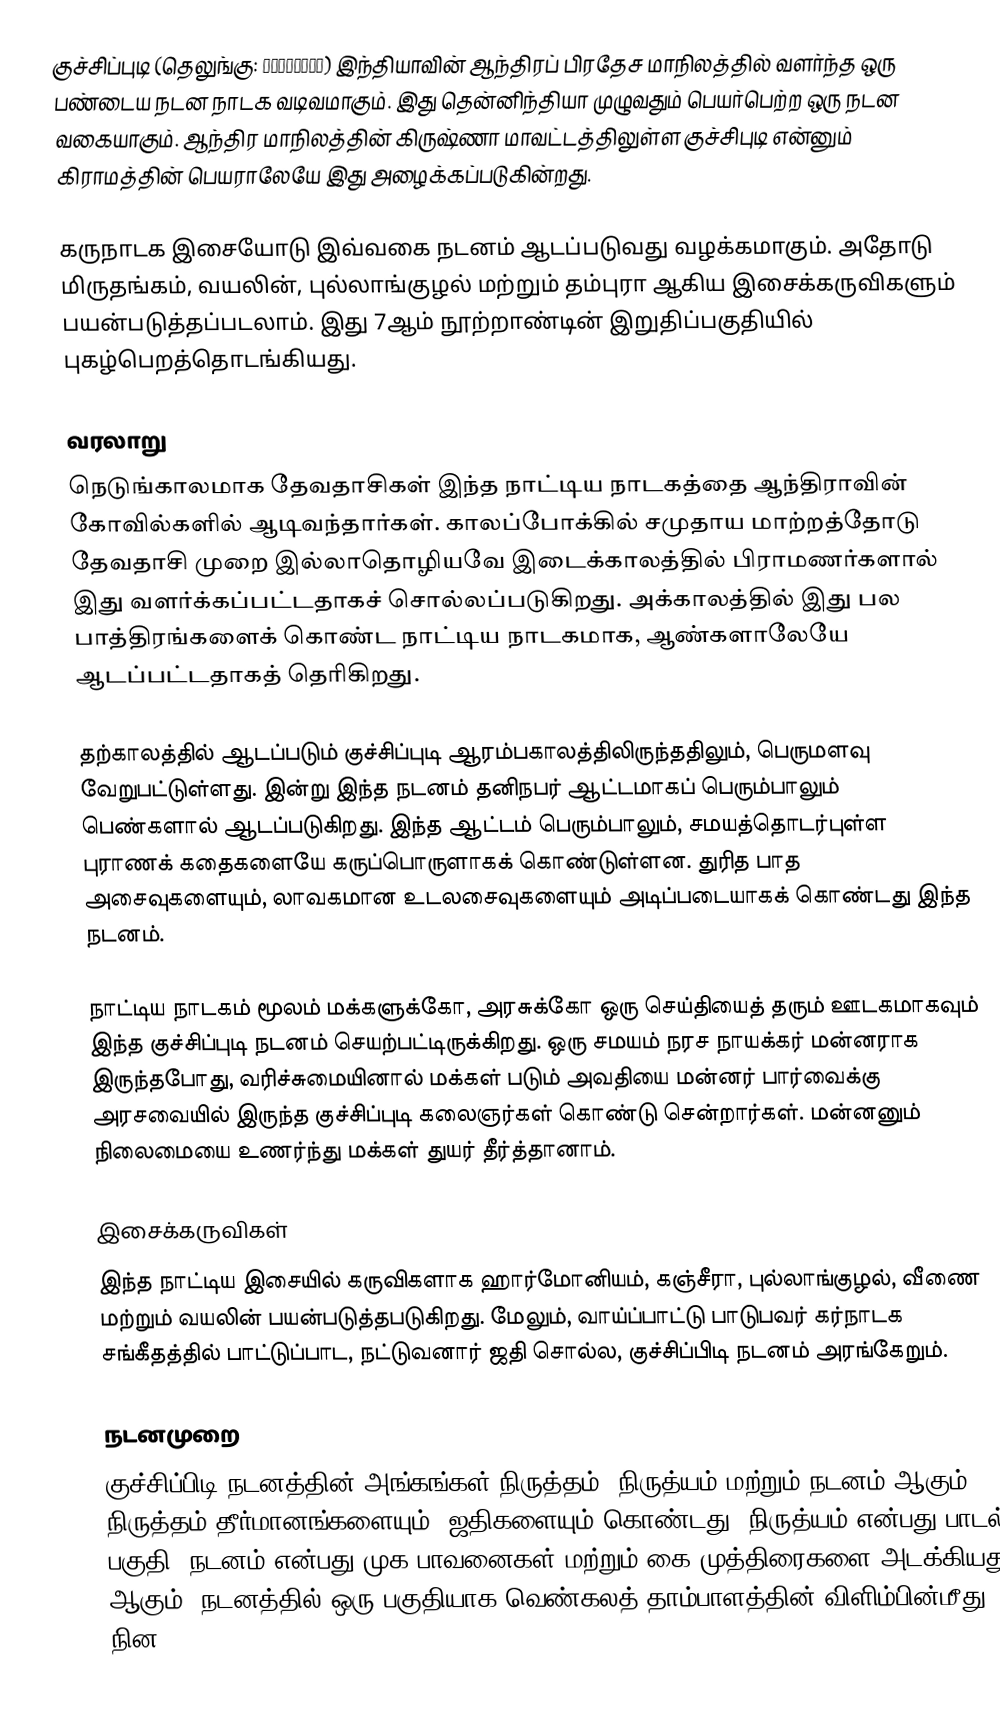
குச்சிப்புடி  (தெலுங்கு: కూచిపూడి) இந்தியாவின் ஆந்திரப் பிரதேச மாநிலத்தில் வளர்ந்த ஒரு பண்டைய நடன நாடக வடிவமாகும். இது தென்னிந்தியா முழுவதும் பெயர்பெற்ற ஒரு நடன வகையாகும். ஆந்திர மாநிலத்தின் கிருஷ்ணா மாவட்டத்திலுள்ள குச்சிபுடி என்னும் கிராமத்தின் பெயராலேயே இது அழைக்கப்படுகின்றது.

கருநாடக இசையோடு இவ்வகை நடனம் ஆடப்படுவது வழக்கமாகும். அதோடு மிருதங்கம், வயலின், புல்லாங்குழல் மற்றும் தம்புரா ஆகிய இசைக்கருவிகளும் பயன்படுத்தப்படலாம். இது 7ஆம் நூற்றாண்டின் இறுதிப்பகுதியில் புகழ்பெறத்தொடங்கியது.

வரலாறு
நெடுங்காலமாக தேவதாசிகள் இந்த நாட்டிய நாடகத்தை ஆந்திராவின் கோவில்களில் ஆடிவந்தார்கள். காலப்போக்கில் சமுதாய மாற்றத்தோடு தேவதாசி முறை இல்லாதொழியவே இடைக்காலத்தில் பிராமணர்களால் இது வளர்க்கப்பட்டதாகச் சொல்லப்படுகிறது. அக்காலத்தில் இது பல பாத்திரங்களைக் கொண்ட நாட்டிய நாடகமாக, ஆண்களாலேயே ஆடப்பட்டதாகத் தெரிகிறது.

தற்காலத்தில் ஆடப்படும் குச்சிப்புடி ஆரம்பகாலத்திலிருந்ததிலும், பெருமளவு வேறுபட்டுள்ளது. இன்று இந்த நடனம் தனிநபர் ஆட்டமாகப் பெரும்பாலும் பெண்களால் ஆடப்படுகிறது. இந்த ஆட்டம் பெரும்பாலும், சமயத்தொடர்புள்ள புராணக் கதைகளையே கருப்பொருளாகக் கொண்டுள்ளன. துரித பாத அசைவுகளையும், லாவகமான உடலசைவுகளையும் அடிப்படையாகக் கொண்டது இந்த நடனம்.

நாட்டிய நாடகம் மூலம் மக்களுக்கோ, அரசுக்கோ ஒரு செய்தியைத் தரும் ஊடகமாகவும் இந்த குச்சிப்புடி நடனம் செயற்பட்டிருக்கிறது. ஒரு சமயம் நரச நாயக்கர் மன்னராக இருந்தபோது, வரிச்சுமையினால் மக்கள் படும் அவதியை மன்னர் பார்வைக்கு அரசவையில் இருந்த குச்சிப்புடி கலைஞர்கள் கொண்டு சென்றார்கள். மன்னனும் நிலைமையை உணர்ந்து மக்கள் துயர் தீர்த்தானாம்.

இசைக்கருவிகள்
இந்த நாட்டிய இசையில் கருவிகளாக ஹார்மோனியம், கஞ்சீரா, புல்லாங்குழல், வீணை மற்றும் வயலின் பயன்படுத்தபடுகிறது. மேலும், வாய்ப்பாட்டு பாடுபவர் கர்நாடக சங்கீதத்தில் பாட்டுப்பாட, நட்டுவனார் ஜதி சொல்ல, குச்சிப்பிடி நடனம் அரங்கேறும்.

நடனமுறை
குச்சிப்பிடி நடனத்தின் அங்கங்கள் நிருத்தம், நிருத்யம் மற்றும் நடனம் ஆகும். நிருத்தம் தீர்மானங்களையும், ஜதிகளையும் கொண்டது. நிருத்யம் என்பது பாடல் பகுதி. நடனம் என்பது முக பாவனைகள் மற்றும் கை முத்திரைகளை அடக்கியது ஆகும். நடனத்தில் ஒரு பகுதியாக வெண்கலத் தாம்பாளத்தின் விளிம்பின்மீது நின